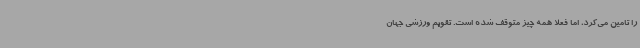
را تامین می‌کرد، اما فعلا همه چیز متوقف شده است. تقویم ورزشی جهان